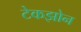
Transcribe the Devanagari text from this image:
टेकझोन